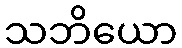
သဘိယော